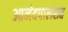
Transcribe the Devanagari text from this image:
आनंदपालसह